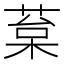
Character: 葈